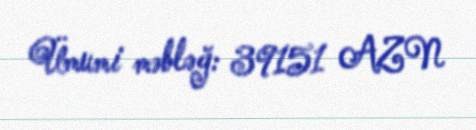
Ümumi məbləğ: 39151 AZN